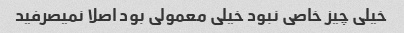
خیلی چیز خاصی نبود خیلی معمولی بود اصلا نمیصرفید